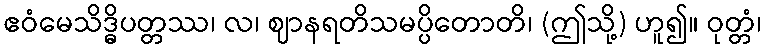
ဧဝံမေသိဒ္ဓိပတ္တဿ၊ လ၊ ဈာနရတိသမပ္ပိတောတိ၊ (ဤသို့) ဟူ၍။ ဝုတ္တံ၊